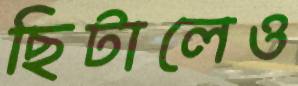
ছিটালেও